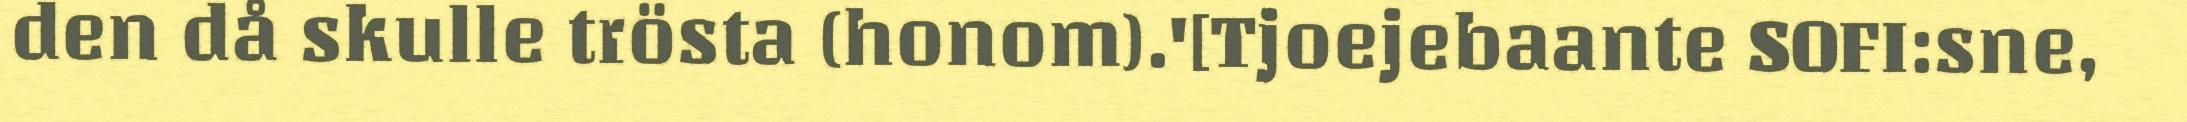
den då skulle trösta (honom).'[Tjoejebaante SOFI:sne,